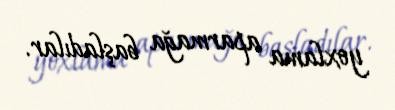
yoxlama aparmağa başladılar.